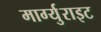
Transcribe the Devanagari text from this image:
मार्ग्युराइट